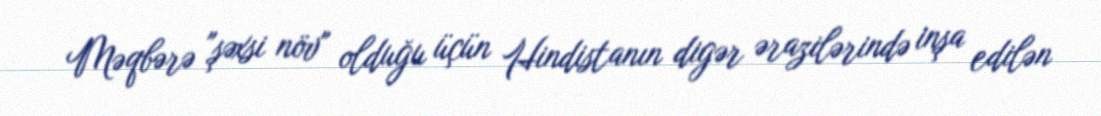
Məqbərə "şəxsi növ" olduğu üçün Hindistanın digər ərazilərində inşa edilən